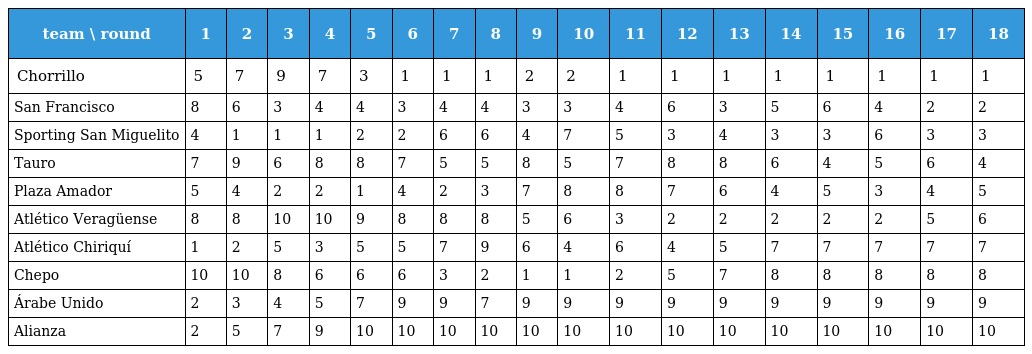
| team \ round | 1 | 2 | 3 | 4 | 5 | 6 | 7 | 8 | 9 | 10 | 11 | 12 | 13 | 14 | 15 | 16 | 17 | 18 |
 | --- | --- | --- | --- | --- | --- | --- | --- | --- | --- | --- | --- | --- | --- | --- | --- | --- | --- | --- |
 | Chorrillo | 5 | 7 | 9 | 7 | 3 | 1 | 1 | 1 | 2 | 2 | 1 | 1 | 1 | 1 | 1 | 1 | 1 | 1 |
 | San Francisco | 8 | 6 | 3 | 4 | 4 | 3 | 4 | 4 | 3 | 3 | 4 | 6 | 3 | 5 | 6 | 4 | 2 | 2 |
 | Sporting San Miguelito | 4 | 1 | 1 | 1 | 2 | 2 | 6 | 6 | 4 | 7 | 5 | 3 | 4 | 3 | 3 | 6 | 3 | 3 |
 | Tauro | 7 | 9 | 6 | 8 | 8 | 7 | 5 | 5 | 8 | 5 | 7 | 8 | 8 | 6 | 4 | 5 | 6 | 4 |
 | Plaza Amador | 5 | 4 | 2 | 2 | 1 | 4 | 2 | 3 | 7 | 8 | 8 | 7 | 6 | 4 | 5 | 3 | 4 | 5 |
 | Atlético Veragüense | 8 | 8 | 10 | 10 | 9 | 8 | 8 | 8 | 5 | 6 | 3 | 2 | 2 | 2 | 2 | 2 | 5 | 6 |
 | Atlético Chiriquí | 1 | 2 | 5 | 3 | 5 | 5 | 7 | 9 | 6 | 4 | 6 | 4 | 5 | 7 | 7 | 7 | 7 | 7 |
 | Chepo | 10 | 10 | 8 | 6 | 6 | 6 | 3 | 2 | 1 | 1 | 2 | 5 | 7 | 8 | 8 | 8 | 8 | 8 |
 | Árabe Unido | 2 | 3 | 4 | 5 | 7 | 9 | 9 | 7 | 9 | 9 | 9 | 9 | 9 | 9 | 9 | 9 | 9 | 9 |
 | Alianza | 2 | 5 | 7 | 9 | 10 | 10 | 10 | 10 | 10 | 10 | 10 | 10 | 10 | 10 | 10 | 10 | 10 | 10 |